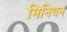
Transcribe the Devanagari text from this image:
मिनियन